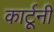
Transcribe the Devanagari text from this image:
कार्टूनी